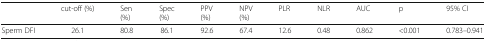
<table><thead><tr><td></td><td><b>cut-off (%)</b></td><td><b>Sen(%)</b></td><td><b>Spec(%)</b></td><td><b>PPV(%)</b></td><td><b>NPV(%)</b></td><td><b>PLR</b></td><td><b>NLR</b></td><td><b>AUC</b></td><td><b>p</b></td><td><b>95% CI</b></td></tr></thead><tbody><tr><td>Sperm DFI</td><td>26.1</td><td>80.8</td><td>86.1</td><td>92.6</td><td>67.4</td><td>12.6</td><td>0.48</td><td>0.862</td><td>&lt;0.001</td><td>0.783–0.941</td></tr></tbody></table>